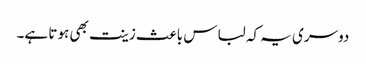
دوسری یہ کہ لباس باعث زینت بھی ہوتا ہے۔